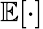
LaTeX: \mathbb{E}[\cdot]